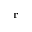
\mathbf { r }